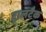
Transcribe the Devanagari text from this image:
ट्रालटैक